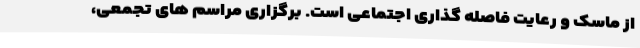
از ماسک و رعایت فاصله گذاری اجتماعی است. برگزاری مراسم های تجمعی،